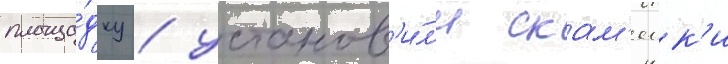
площа́дку / установ'и́л'и скам'еик'и